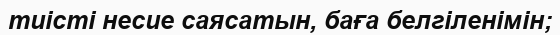
тиісті несие саясатын, баға белгіленімін;